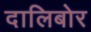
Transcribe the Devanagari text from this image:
दालिबोर